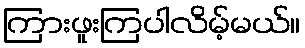
ကြားဖူးကြပါလိမ့်မယ်။